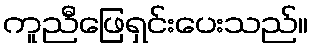
ကူညီဖြေရှင်းပေးသည်။